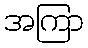
အကြာ